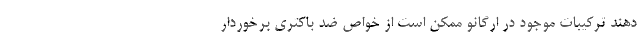
دهند ترکیبات موجود در اُرگانو ممکن است از خواص ضد باکتری برخوردار